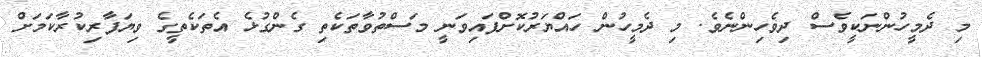
މި ދެމީހުންނަކީވެސް ދިވެހިންނެވެ. މި ދެމީހުން ހައްޔަރުކޮށްފައިވަނީ މަސްތުވާތަކެތި ގެންގުޅެ އެތަކެތީގެ ވިޔަފާރިކުރާކަމަށް